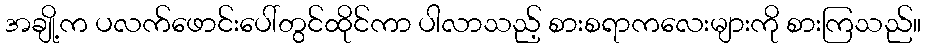
အချို့က ပလက်ဖောင်းပေါ်တွင်ထိုင်ကာ ပါလာသည့် စားစရာကလေးများကို စားကြသည်။